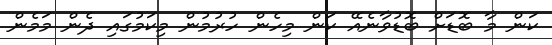
ކަން މާ ބޮޑަށް ބޮޑުވާނެއޭ ކަން މިހެން ހުރުމުން މިކަމުގައި ދެން މަމެން